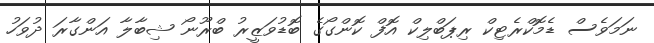
ނަމަވެސް ޑެމޮކްރެޓިކް ރިޕަބްލިކް އޮފް ކޮންގޯގެ ބޮޑުވަޒީރު ބްރޫނޯ ޝިބާލާ އަންގާރަ ދުވަހު